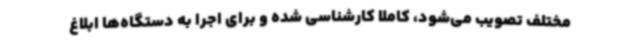
مختلف تصویب می‌شود، کاملاً کارشناسی شده و برای اجرا به دستگاه‌ها ابلاغ